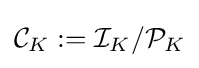
{\mathcal {C}}_{K}:={\mathcal {I}}_{K}/{\mathcal {P}}_{K}